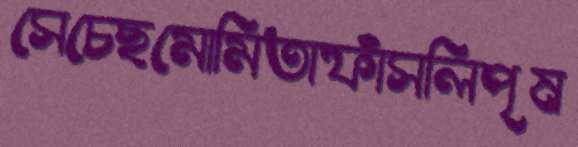
সেচেছমোমিতাফাঁসলিপৃষ